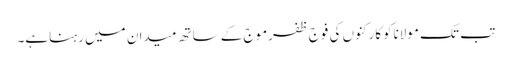
تب تک مولاناکوکارکنوں کی فوج ظفرموج کے ساتھ میدان میں رہناہے۔